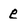
Character: e